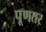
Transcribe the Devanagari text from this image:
पूणतर